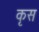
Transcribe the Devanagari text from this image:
कृस